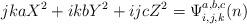
LaTeX: \begin{align*}jkaX^2+ikbY^2+ijcZ^2=\Psi_{i,j,k}^{a,b,c}(n)\end{align*}